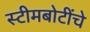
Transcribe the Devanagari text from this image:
स्टीमबोटींचे